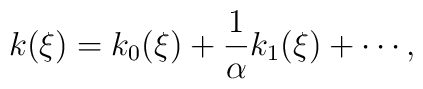
k(\xi) = k_0(\xi) + \frac{1}{\alpha} k_1(\xi) + \cdots,